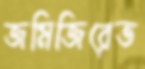
জমিজিরেত